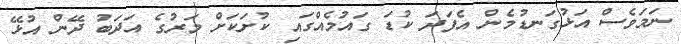
ނަމަވެސް އަޅުގަނޑުމެން އެފަދަ ކުޑަ ގައުމެއްގައި ކުށަކަށް މަރުގެ އަދަބު ދޭން އުޅޭ